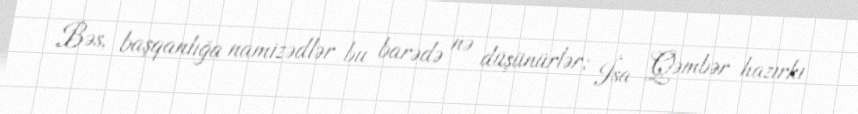
Bəs, başqanlığa namizədlər bu barədə nə düşünürlər; İsa Qəmbər hazırkı